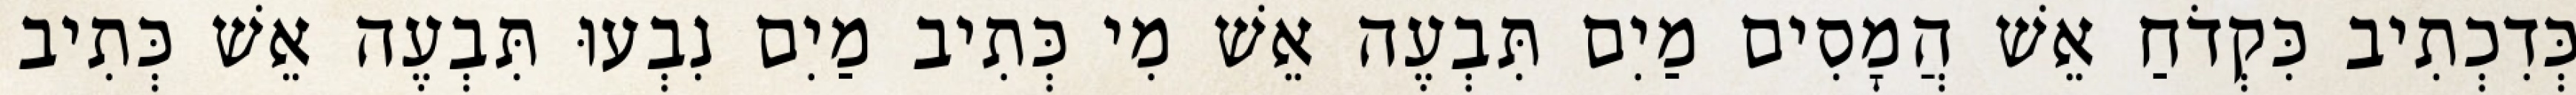
כְּדִכְתִיב כִּקְדֹחַ אֵשׁ הֲמָסִים מַיִם תִּבְעֶה אֵשׁ מִי כְּתִיב מַיִם נִבְעוּ תִּבְעֶה אֵשׁ כְּתִיב